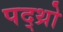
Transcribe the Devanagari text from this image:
पद्थ्रो